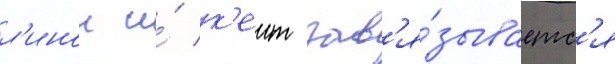
л'инои и́ к'еит зав'я́зываетс'я